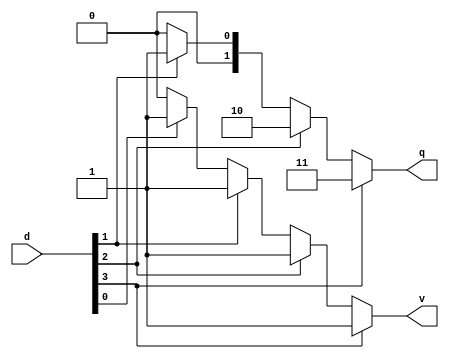
module priority_encoder_2 (d,q,v);

input [3:0]d;
output reg [1:0]q;
output reg v;

always @(*) begin
    case (1)    //checks if a signal is set
        //Order of bits case is important here
        d[3]:   begin q=2'd3; v=1; end
        d[2]:   begin q=2'd2; v=1; end
        d[1]:   begin q=2'd1; v=1; end 
        d[0]:   begin q=2'd0; v=1; end
        default: begin q=2'd0; v=0; end
    endcase
    
end
    
endmodule